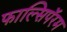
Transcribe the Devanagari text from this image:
फाल्सिपॅरम